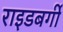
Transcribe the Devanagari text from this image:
राइडबर्गी